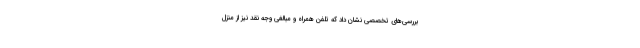
بررسی‌های تخصصی نشان داد که تلفن همراه و مبالغی وجه نقد نیز از منزل